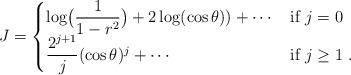
LaTeX: \begin{align*} J&= \begin{cases} \log\bigl(\dfrac{1}{1-r^2}\bigr)+2\log(\cos\theta))+\cdots &\textrm{if $j=0$} \\ \dfrac{2^{j+1}}{j} (\cos\theta)^j+\cdots &\textrm{if $j\geq 1$}\ . \end{cases} \end{align*}